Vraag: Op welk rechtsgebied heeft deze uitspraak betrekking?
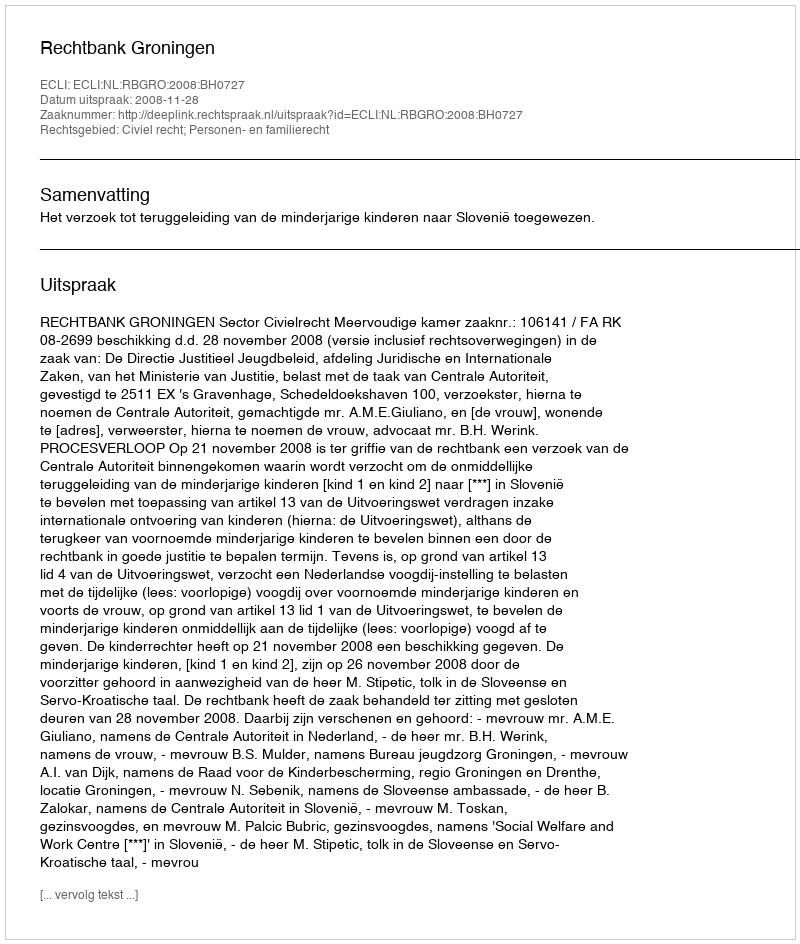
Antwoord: Civiel recht; Personen- en familierecht